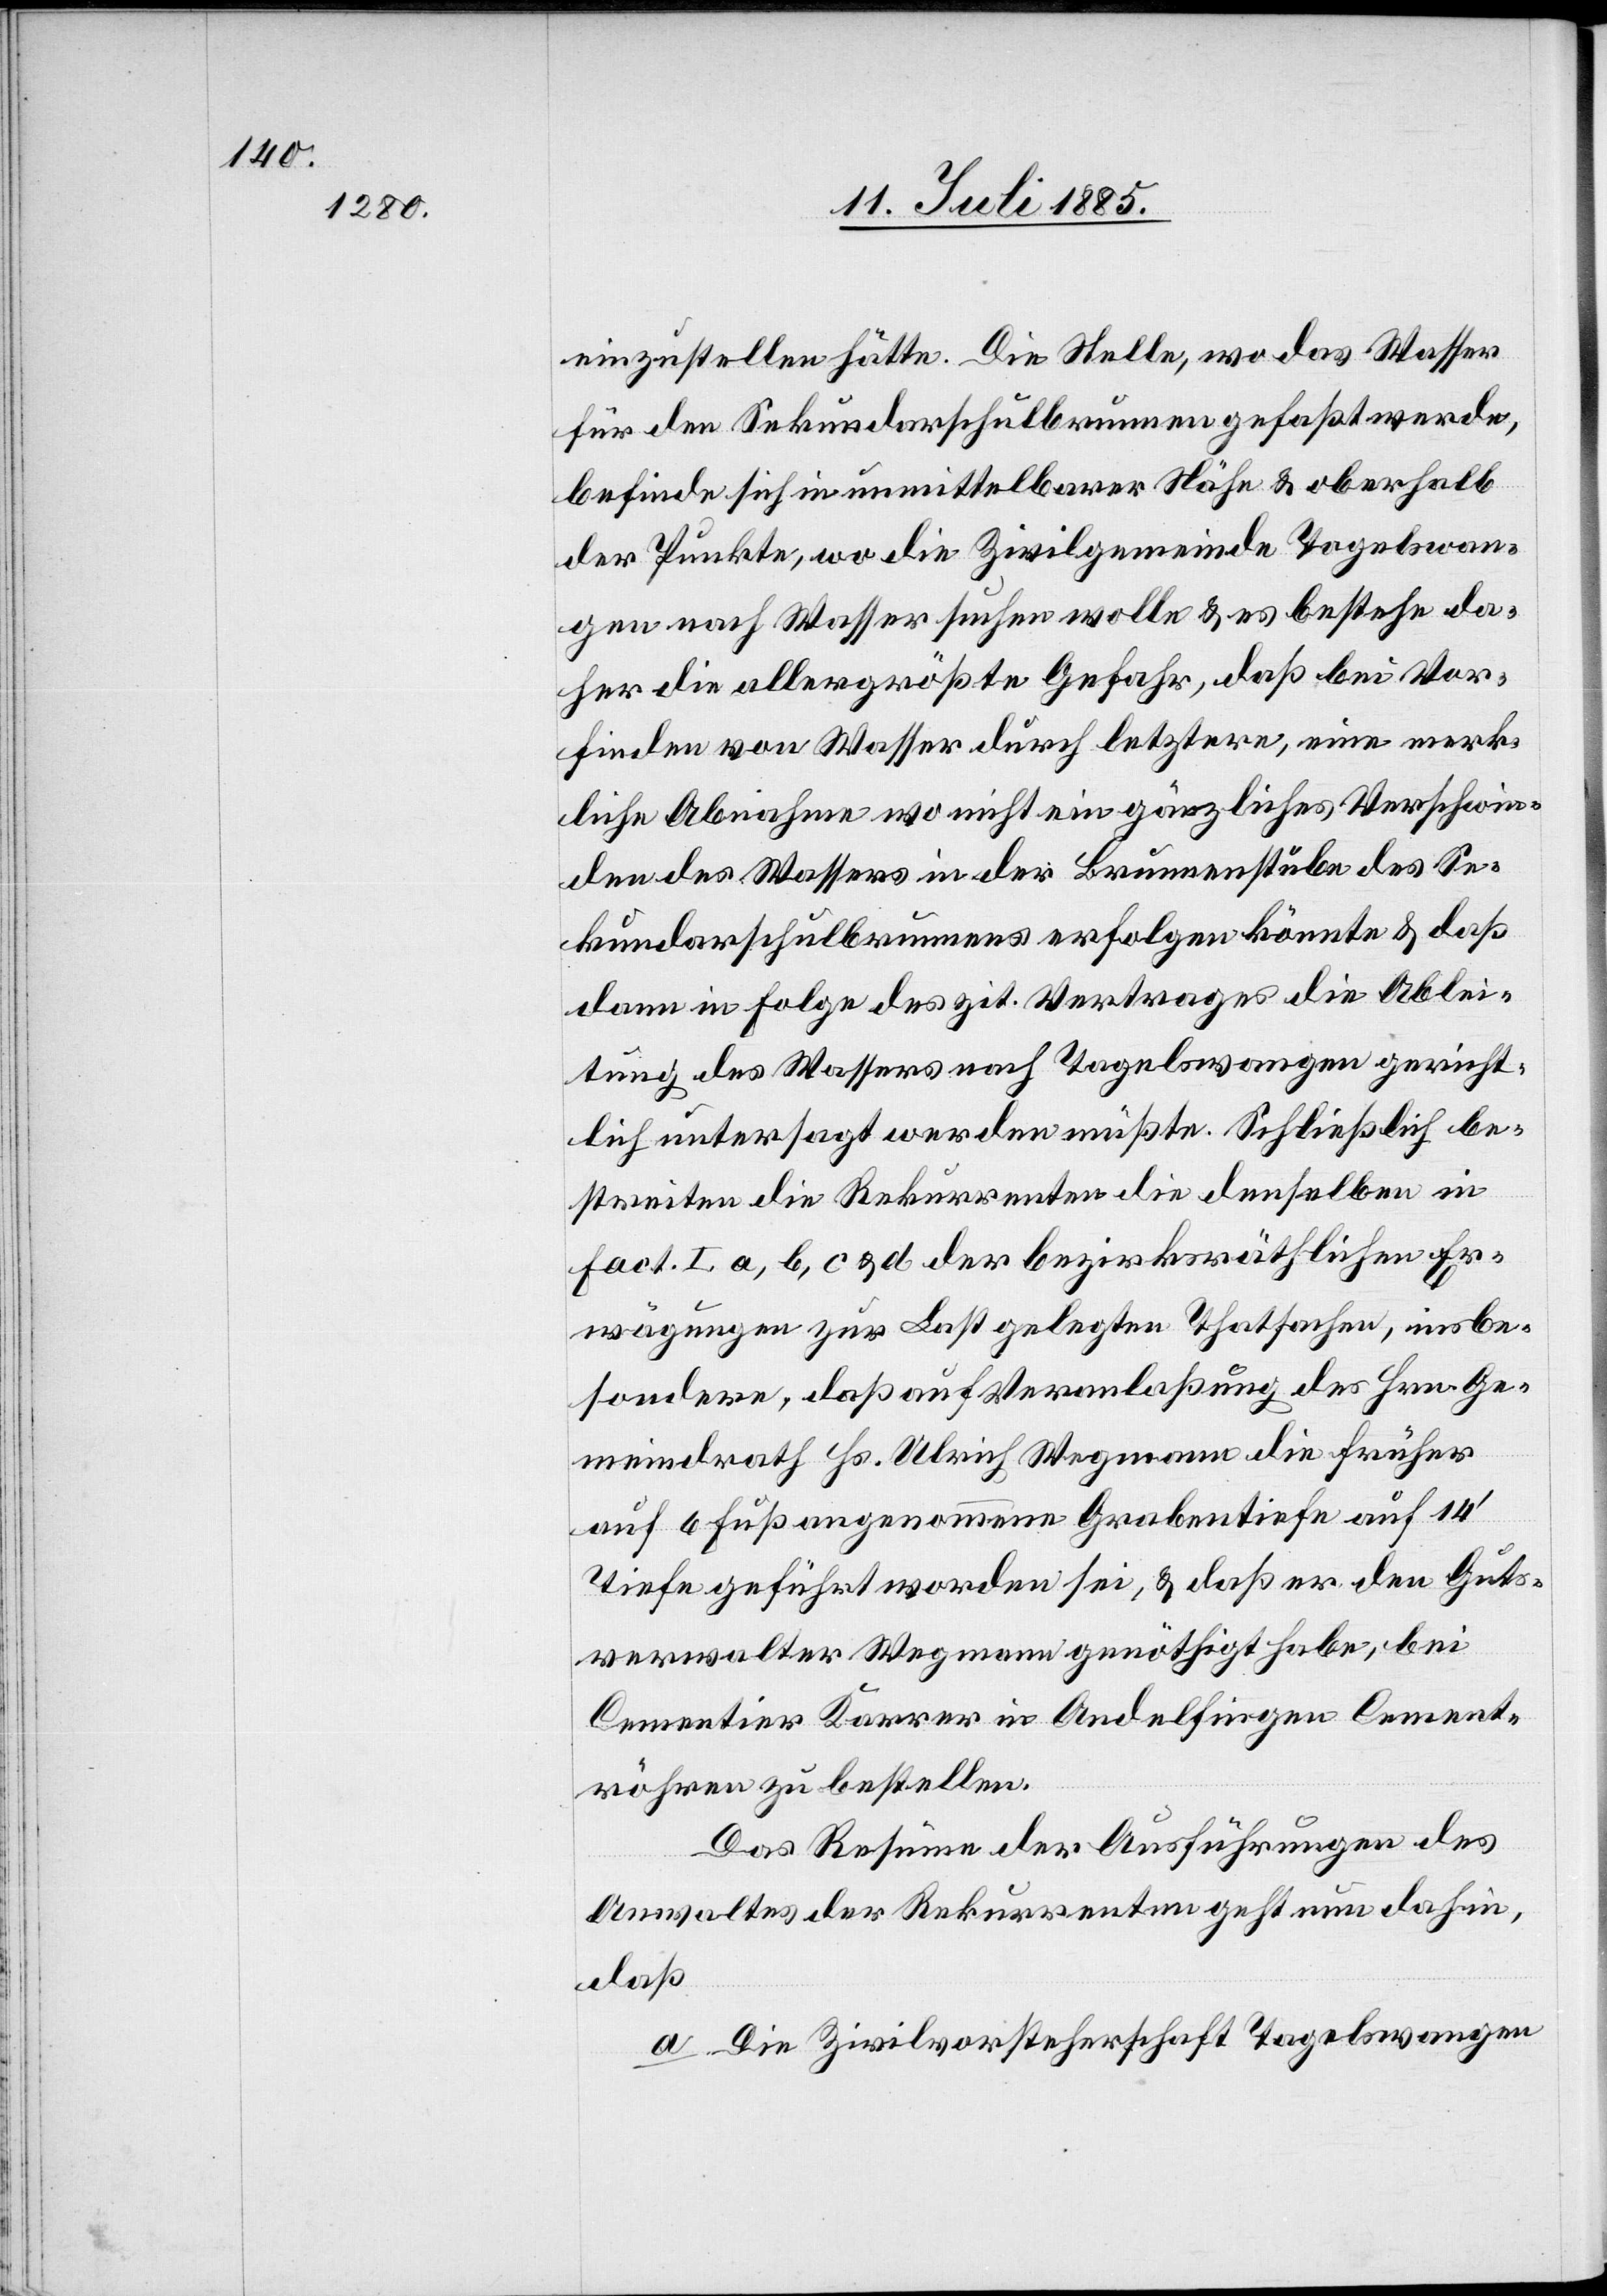
einzustellen hätte. Die Stelle, wo das Wasser
für den Sekundarschulbrunnen gefaßt werde,
befinde sich in unmittelbarer Nähe & oberhalb
der Punkte, wo die Zivilgemeinde Tagelswan¬
gen nach Wasser suchen wolle & es bestehe da¬
her die allergrößte Gefahr, daß bei Vor¬
finden von Wasser durch letztere, eine merk¬
liche Abnahme wo nicht ein gänzliches Verschwin¬
den des Wassers in der Brunnenstube des Se¬
kundarschulbrunnens erfolgen könnte & daß
dann in Folge des zit. Vertrages die Ablei¬
tung des Wassers nach Tagelswangen gericht¬
lich untersagt werden müßte. Schließlich be¬
streiten die Rekurrenten die denselben in
Fact. I a, b, c, & d der bezirksräthlichen Er¬
wägungen zur Last gelegten Thatsachen, insbe¬
sondere, daß auf Veranlaßung des Hrn. Ge¬
meindrath Hs. Ulrich Wegmann die früher
auf 6 Fuß angenommene Grabentiefe auf 14‘
Tiefe geführt worden sei, & daß er den Guts¬
verwalter Wegmann genöthigt habe, bei
Cementier Karrer in Andelfingen Cement¬
röhren zu bestellen.
Das Resüme der Ausführungen des
Anwaltes der Rekurrenten geht nun dahin,
daß
a. Die Zivilvorsteherschaft Tagelswangen